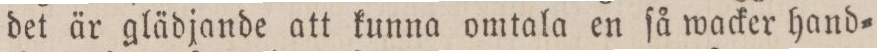
det är glädjande att kunna omtala en ſå wacker hand=